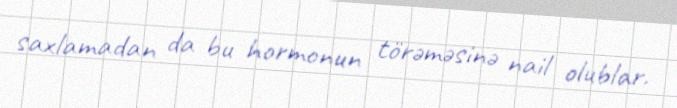
saxlamadan da bu hormonun törəməsinə nail olublar.